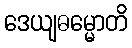
ဒေယျဓမ္မောတိ